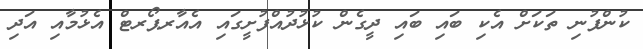
ކުންފުނި ތަކަށް އެކި ބައި ބައި ދީގެން ކުޅުދުއްފުށީގައި އެއާރޕޯރޓް އެޅުމާއި އަދި